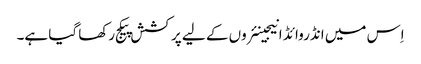
اِس میں انڈروائڈ انیجینئروں کے لیے پرکشش پیکج رکھا گیا ہے۔